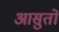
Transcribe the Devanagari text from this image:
आसुतों